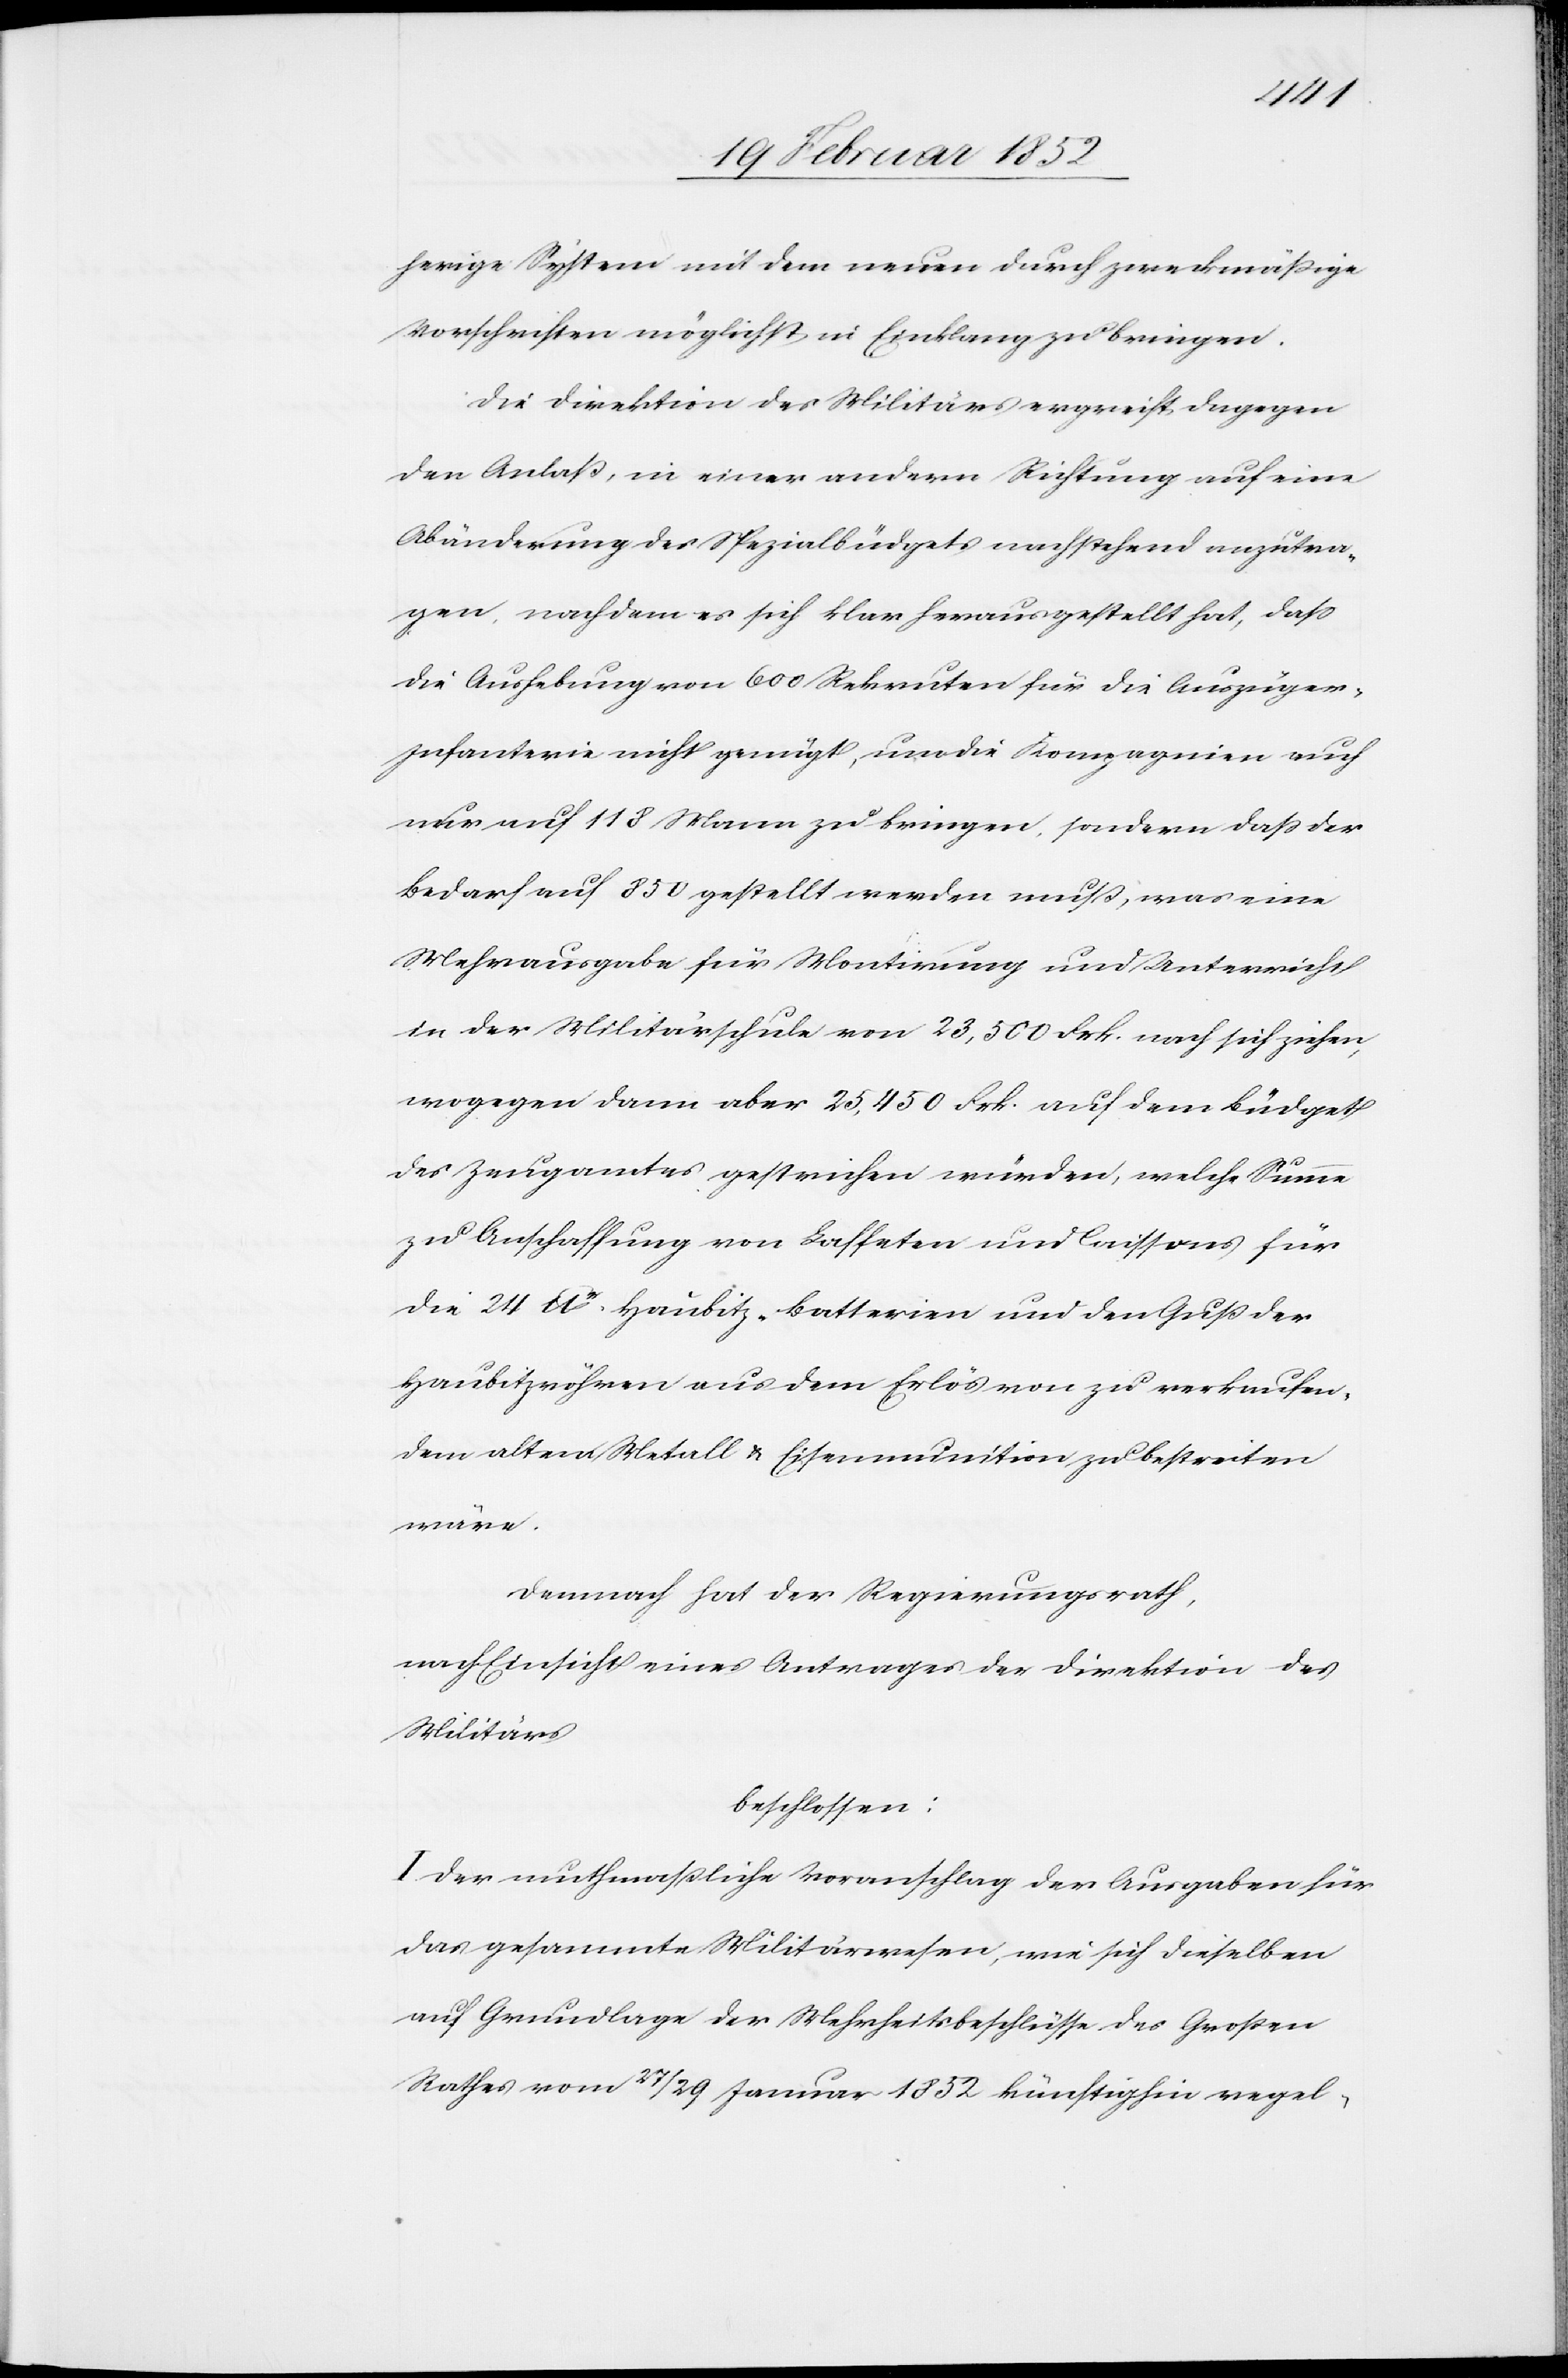
herige System mit dem neuen durch zweckmäßige
Vorschriften möglichst in Einklang zu bringen.
Die Direktion des Militärs ergreift dagegen
den Anlaß, in einer andern Richtung auf eine
Abänderung des Spezialbüdgets nachstehend anzutra¬
gen, nachdem es sich klar herausgestellt hat, daß
die Aushebung von 600 Rekruten für die Auszüge¬
r-Infanterie nicht genügt, um die Kompagnien auch
nur auf 118 zu bringen, sondern daß der
Bedarf auf 850 gestellt werden muß, was eine
Mehrausgabe für Montirung und Unterricht
in der Militärschule von 23,500 Frk. nach sich ziehen,
wogegen dann aber 25,450 Frk. auf dem Büdget
des Zeugamtes gestrichen würden, welche Summen
zu Anschaffung von Laffeten und Caissons für
die 24 lbr-Haubitz-Batterien und den Guß der
Haubitzröhren aus dem Erlös von zu erkaufen¬
dem altem Metall u. Eigenmunition zu bestreiten
wäre.
Demnach hat der Regierungsrath,
nach Einsicht eines Antrages der Direktion des
Militärs
beschlossen:
I. Der muthmaßliche Voranschlag der Ausgaben für
das gesammte Militärwesen, wie sich dieselben
auf Grundlage der Mehrheitsbeschlüsse des Großen
Rathes vom 27/29 Januar 1852 künftighin regel-